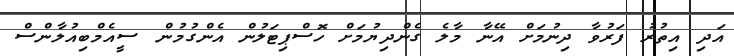
އަދި އިތުރު ފަރުވާ ދިނުމަށް އޭނާ މާލެ ގެންދިޔުމަށް ހޮސްޕިޓަލުން އެންގުމުން ސީއެމްބިއުލާންސް